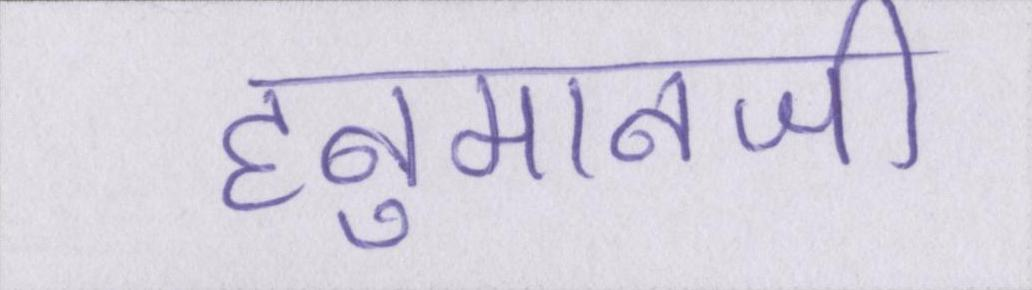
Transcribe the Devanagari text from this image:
हनुमानजी